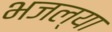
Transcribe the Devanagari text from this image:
भजल्या